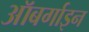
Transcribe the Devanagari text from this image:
ऑबर्गाइन